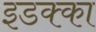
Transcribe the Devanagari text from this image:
इडक्‍का